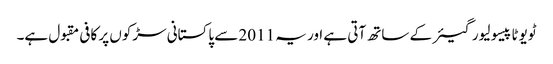
ٹویوٹا پیسو لیور گیئر کے ساتھ آتی ہے اور یہ 2011 سے پاکستانی سڑکوں پر کافی مقبول ہے۔